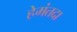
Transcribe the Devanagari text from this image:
हेमंतदा